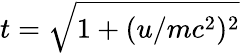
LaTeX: t=\sqrt{1+(u/mc^{2})^{2}}